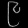
Digit: ၉